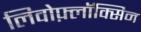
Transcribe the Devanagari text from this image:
लिवोफ़्लॉक्सिन